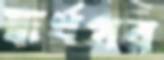
স্বার্থপর